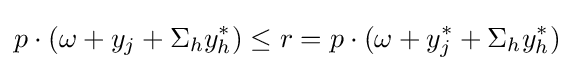
p\cdot (\omega +y_{j}+\Sigma _{h}y_{h}^{*})\leq r=p\cdot (\omega +y_{j}^{*}+\Sigma _{h}y_{h}^{*})